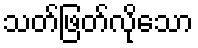
သတ်ဖြတ်လိုသော